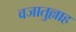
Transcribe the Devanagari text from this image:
वजातुल्लाह